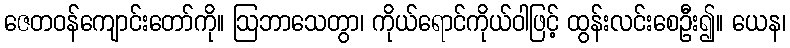
ဇေတဝန်ကျောင်းတော်ကို။ ဩဘာသေတွာ၊ ကိုယ်ရောင်ကိုယ်ဝါဖြင့် ထွန်းလင်းစေဦး၍။ ယေန၊